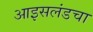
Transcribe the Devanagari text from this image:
आइसलंडचा